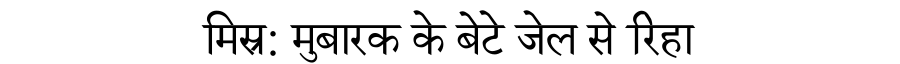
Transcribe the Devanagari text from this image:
मिस्र: मुबारक के बेटे जेल से रिहा